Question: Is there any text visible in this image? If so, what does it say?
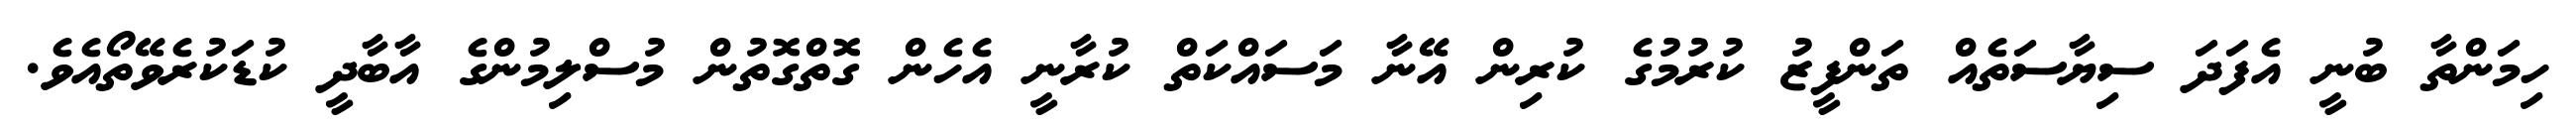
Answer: ހިމަންތާ ބުނީ އެފަދަ ސިޔާސަތެއް ތަންފީޒު ކުރުމުގެ ކުރިން އޭނާ މަސައްކަތް ކުރާނީ އެހެން ގޮތްގޮތުން މުސްލިމުންގެ އާބާދީ ކުޑަކުރެވޭތޯއެވެ.